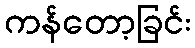
ကန်တော့ခြင်း